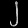
Digit: ၂